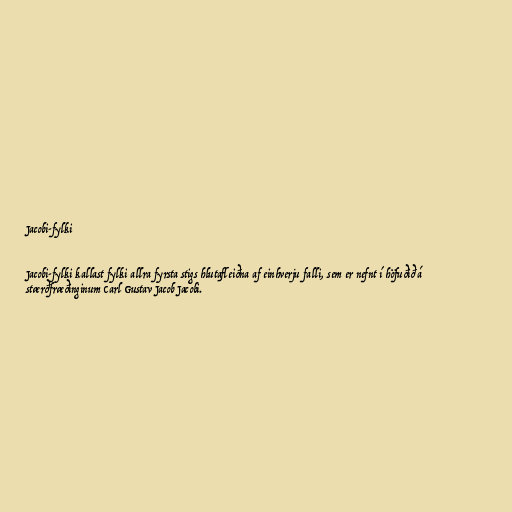
Jacobi-fylki

Jacobi-fylki kallast fylki allra fyrsta stigs hlutafleiðna af einhverju falli, sem er nefnt í höfuðið á
stærðfræðinginum Carl Gustav Jacob Jacobi.